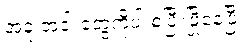
အခု အဲ့ဒါ တွေကိုပါ စပြီးဖြိုနေပြီ။